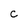
Character: C